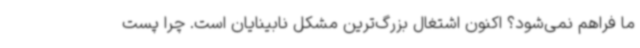
ما فراهم نمی‌شود؟ اکنون اشتغال بزرگ‌ترین مشکل نابینایان است. چرا پست